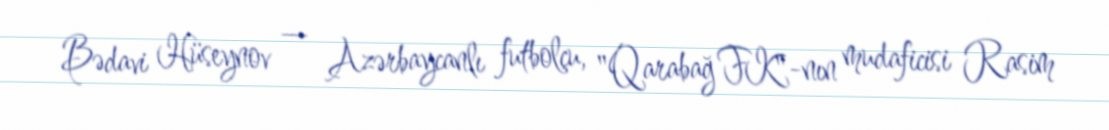
Bədavi Hüseynov — Azərbaycanlı futbolçu, "Qarabağ FK"-nın mudaficisi Rasim